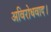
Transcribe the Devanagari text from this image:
अविरोधवाद।